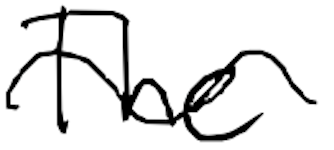
Text: The
Cross-out: wave
Writing tool: digital_black